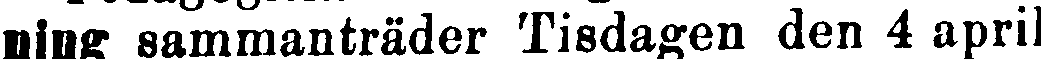
ning sammanträder Tisdagen den 4 april